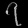
Digit: ၇